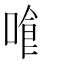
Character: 𠿰